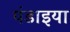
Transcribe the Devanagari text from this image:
पंडाइया